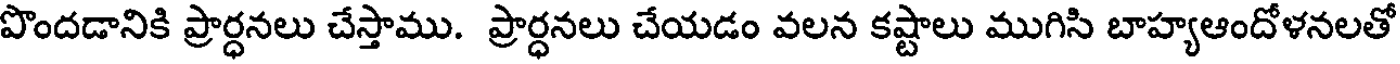
పొందడానికి ప్రార్ధనలు చేస్తాము. ప్రార్ధనలు చేయడం వలన కష్టాలు ముగిసి బాహ్యఆందోళనలతో